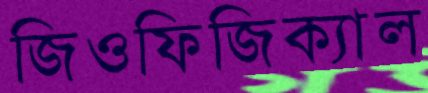
জিওফিজিক্যাল